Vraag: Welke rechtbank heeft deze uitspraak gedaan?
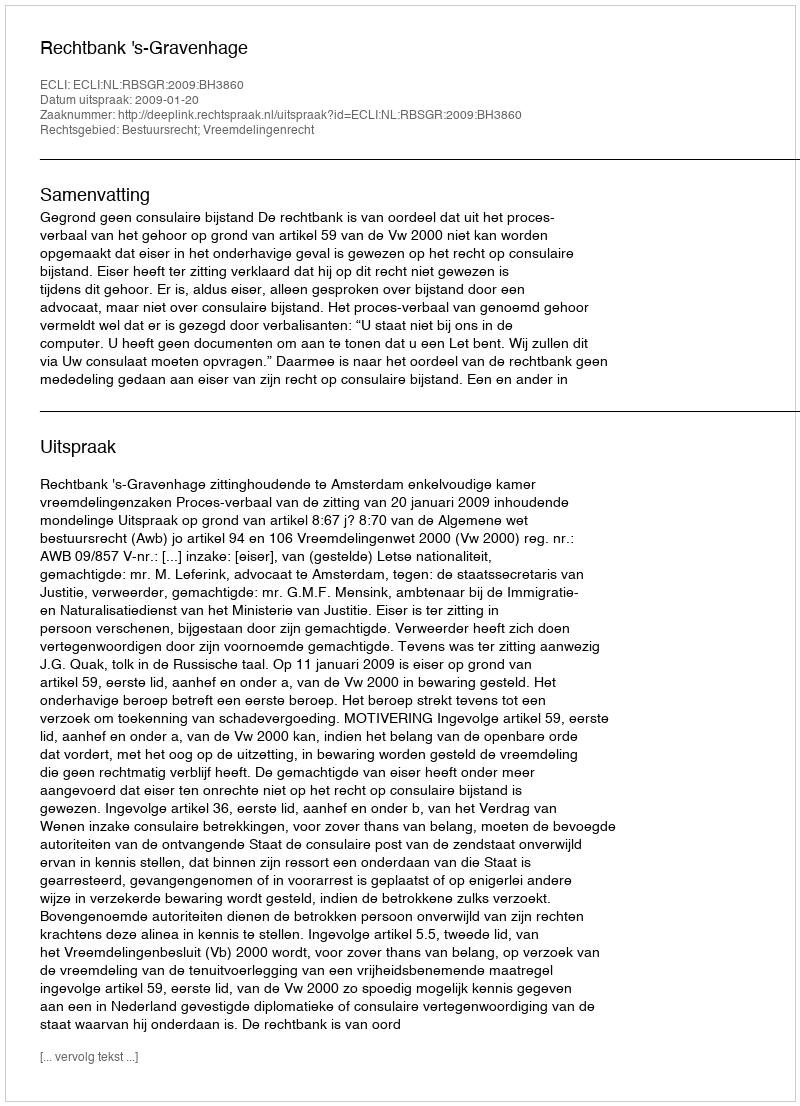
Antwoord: Rechtbank 's-Gravenhage